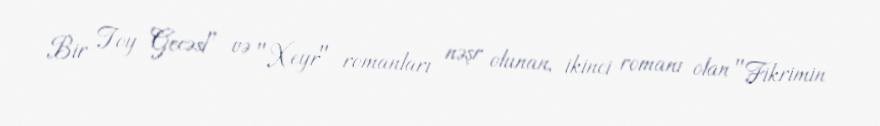
Bir Toy Gecəsi" və "Xeyr" romanları nəşr olunan, ikinci romanı olan "Fikrimin